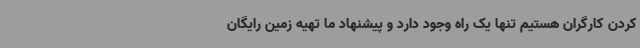
کردن کارگران هستیم تنها یک راه وجود دارد و پیشنهاد ما تهیه زمین رایگان